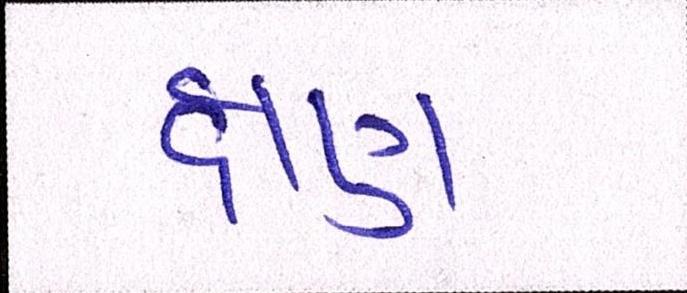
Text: ક્ષણ